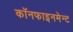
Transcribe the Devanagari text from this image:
कॉनफाइनमेन्ट